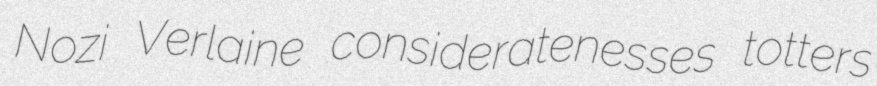
Nozi Verlaine consideratenesses totters